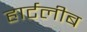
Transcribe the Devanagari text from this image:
हार्टलीब